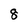
Character: 8